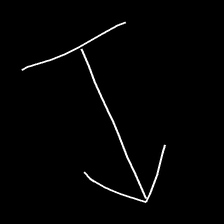
Glyph: levitation